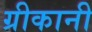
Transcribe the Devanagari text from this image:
ग्रीकानी